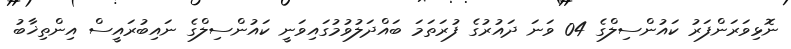
ނޮޅިވަރަންފަރު ކައުންސިލްގެ 04 ވަނަ ދައުރުގެ ފުރަތަމަ ބައްދަލުވުމުގައިވަނީ ކައުންސިލްގެ ނައިބުރައީސް އިންތިޚާބު